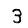
Digit: 3